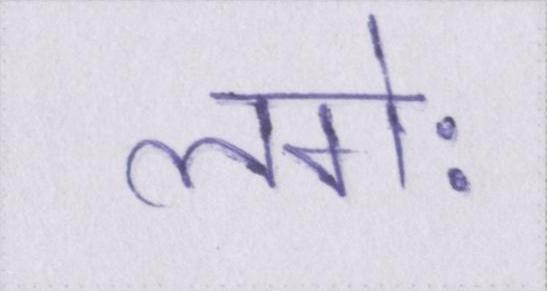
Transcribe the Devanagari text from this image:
लगेः